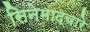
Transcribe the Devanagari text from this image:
सिनेमाद्वारे